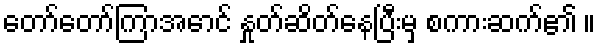
တော်တော်ကြာအောင် နှုတ်ဆိတ်နေပြီးမှ စကားဆက်၏ ။